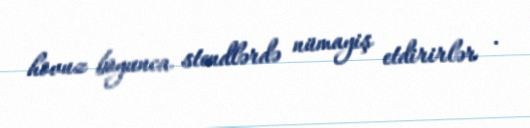
hovuz boyunca stendlərdə nümayiş etdirirlər .